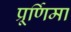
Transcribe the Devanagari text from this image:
प्रूर्णिमा